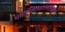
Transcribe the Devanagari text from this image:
मनोप्सितकामनासिद्धयर्थं